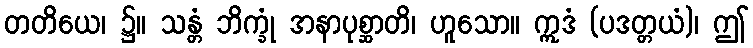
တတိယေ၊ ၌။ သန္တံ ဘိက္ခုံ အနာပုစ္ဆာတိ၊ ဟူသော။ ဣဒံ (ပဒတ္တယံ)၊ ဤ